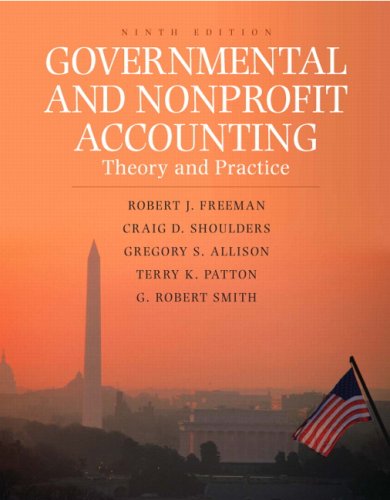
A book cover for Governmental and Nonprofit Accounting: Theory and Practice (9th Edition); Robert J. Freeman; Business & Money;